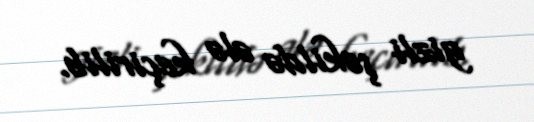
gizli şəkildə ələ keçirilib.